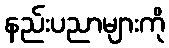
နည်းပညာများကို